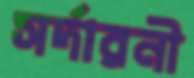
সর্দারনী